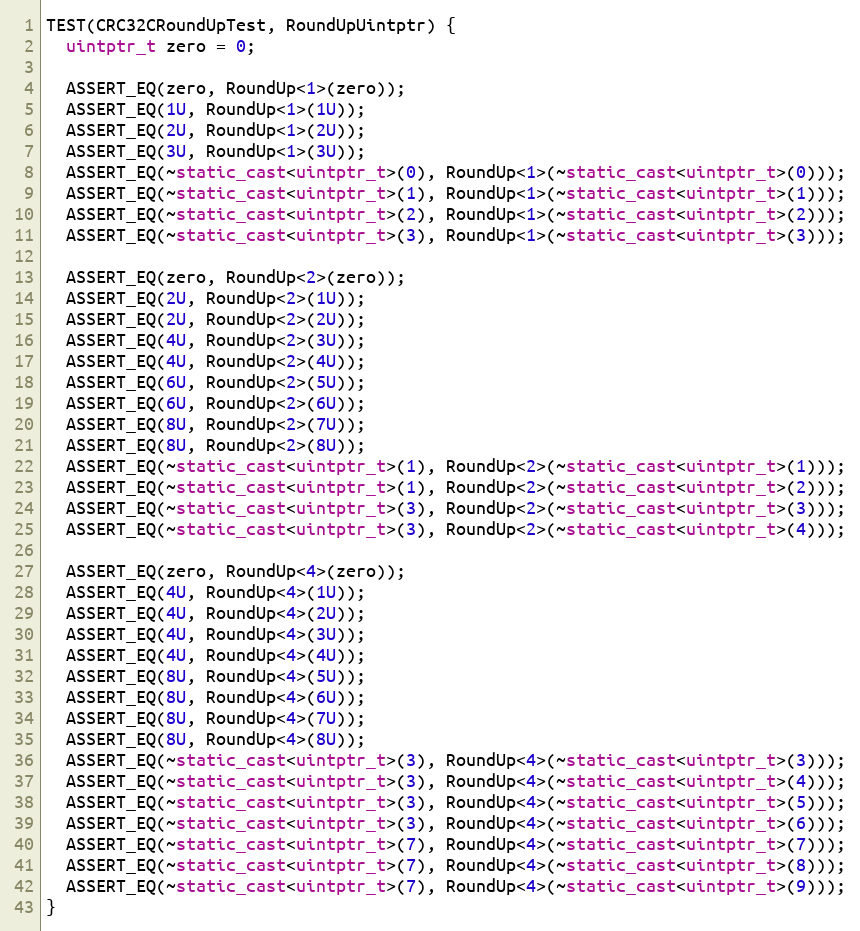
Language: C++
TEST(CRC32CRoundUpTest, RoundUpUintptr) {
  uintptr_t zero = 0;

  ASSERT_EQ(zero, RoundUp<1>(zero));
  ASSERT_EQ(1U, RoundUp<1>(1U));
  ASSERT_EQ(2U, RoundUp<1>(2U));
  ASSERT_EQ(3U, RoundUp<1>(3U));
  ASSERT_EQ(~static_cast<uintptr_t>(0), RoundUp<1>(~static_cast<uintptr_t>(0)));
  ASSERT_EQ(~static_cast<uintptr_t>(1), RoundUp<1>(~static_cast<uintptr_t>(1)));
  ASSERT_EQ(~static_cast<uintptr_t>(2), RoundUp<1>(~static_cast<uintptr_t>(2)));
  ASSERT_EQ(~static_cast<uintptr_t>(3), RoundUp<1>(~static_cast<uintptr_t>(3)));

  ASSERT_EQ(zero, RoundUp<2>(zero));
  ASSERT_EQ(2U, RoundUp<2>(1U));
  ASSERT_EQ(2U, RoundUp<2>(2U));
  ASSERT_EQ(4U, RoundUp<2>(3U));
  ASSERT_EQ(4U, RoundUp<2>(4U));
  ASSERT_EQ(6U, RoundUp<2>(5U));
  ASSERT_EQ(6U, RoundUp<2>(6U));
  ASSERT_EQ(8U, RoundUp<2>(7U));
  ASSERT_EQ(8U, RoundUp<2>(8U));
  ASSERT_EQ(~static_cast<uintptr_t>(1), RoundUp<2>(~static_cast<uintptr_t>(1)));
  ASSERT_EQ(~static_cast<uintptr_t>(1), RoundUp<2>(~static_cast<uintptr_t>(2)));
  ASSERT_EQ(~static_cast<uintptr_t>(3), RoundUp<2>(~static_cast<uintptr_t>(3)));
  ASSERT_EQ(~static_cast<uintptr_t>(3), RoundUp<2>(~static_cast<uintptr_t>(4)));

  ASSERT_EQ(zero, RoundUp<4>(zero));
  ASSERT_EQ(4U, RoundUp<4>(1U));
  ASSERT_EQ(4U, RoundUp<4>(2U));
  ASSERT_EQ(4U, RoundUp<4>(3U));
  ASSERT_EQ(4U, RoundUp<4>(4U));
  ASSERT_EQ(8U, RoundUp<4>(5U));
  ASSERT_EQ(8U, RoundUp<4>(6U));
  ASSERT_EQ(8U, RoundUp<4>(7U));
  ASSERT_EQ(8U, RoundUp<4>(8U));
  ASSERT_EQ(~static_cast<uintptr_t>(3), RoundUp<4>(~static_cast<uintptr_t>(3)));
  ASSERT_EQ(~static_cast<uintptr_t>(3), RoundUp<4>(~static_cast<uintptr_t>(4)));
  ASSERT_EQ(~static_cast<uintptr_t>(3), RoundUp<4>(~static_cast<uintptr_t>(5)));
  ASSERT_EQ(~static_cast<uintptr_t>(3), RoundUp<4>(~static_cast<uintptr_t>(6)));
  ASSERT_EQ(~static_cast<uintptr_t>(7), RoundUp<4>(~static_cast<uintptr_t>(7)));
  ASSERT_EQ(~static_cast<uintptr_t>(7), RoundUp<4>(~static_cast<uintptr_t>(8)));
  ASSERT_EQ(~static_cast<uintptr_t>(7), RoundUp<4>(~static_cast<uintptr_t>(9)));
}